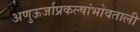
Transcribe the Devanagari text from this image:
अणुऊर्जाप्रकल्पांभोवताली